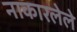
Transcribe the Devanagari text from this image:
नाकारलेले